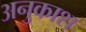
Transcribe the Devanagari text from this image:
अनुकाश